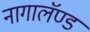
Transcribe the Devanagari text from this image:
नागालॅण्ड